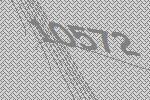
10572